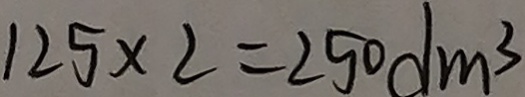
1 2 5 \times 2 = 2 5 0 d m ^ { 3 }